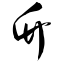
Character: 竹